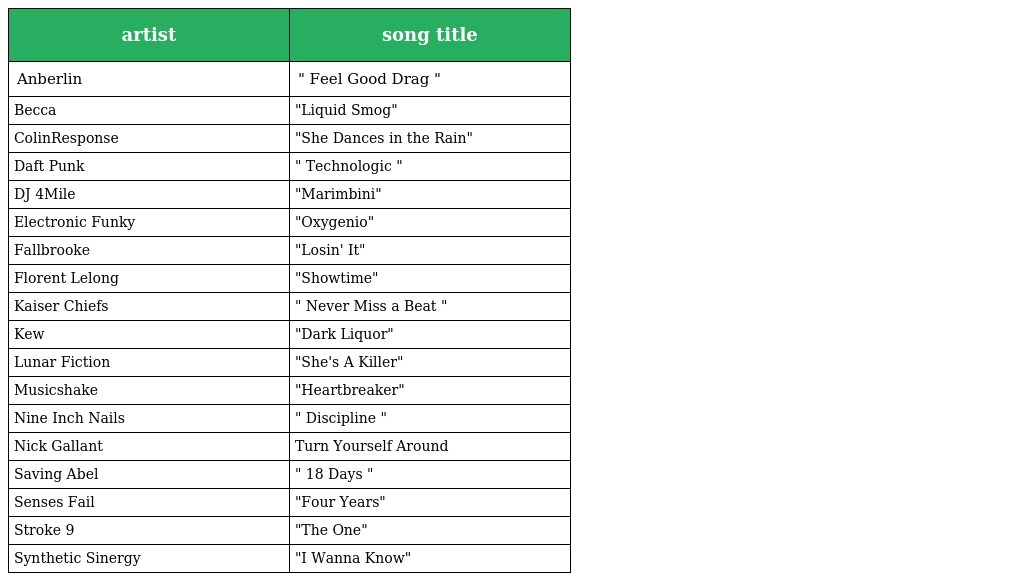
| artist | song title |
 | --- | --- |
 | Anberlin | " Feel Good Drag " |
 | Becca | "Liquid Smog" |
 | ColinResponse | "She Dances in the Rain" |
 | Daft Punk | " Technologic " |
 | DJ 4Mile | "Marimbini" |
 | Electronic Funky | "Oxygenio" |
 | Fallbrooke | "Losin' It" |
 | Florent Lelong | "Showtime" |
 | Kaiser Chiefs | " Never Miss a Beat " |
 | Kew | "Dark Liquor" |
 | Lunar Fiction | "She's A Killer" |
 | Musicshake | "Heartbreaker" |
 | Nine Inch Nails | " Discipline " |
 | Nick Gallant | Turn Yourself Around |
 | Saving Abel | " 18 Days " |
 | Senses Fail | "Four Years" |
 | Stroke 9 | "The One" |
 | Synthetic Sinergy | "I Wanna Know" |